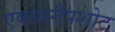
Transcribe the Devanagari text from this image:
एक्सस्नैपशोट